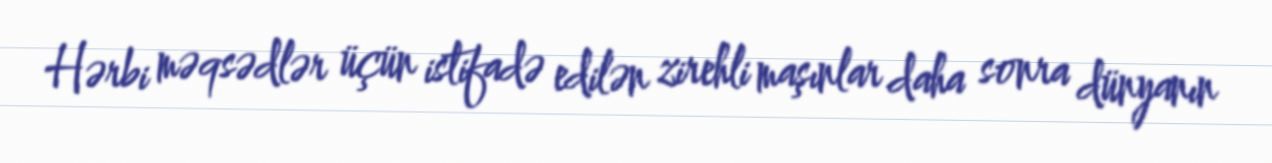
Hərbi məqsədlər üçün istifadə edilən zirehli maşınlar daha sonra dünyanın